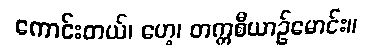
ကောင်းတယ်၊ ဟေ့၊ တက္ကစီယာဉ်မောင်း။